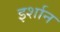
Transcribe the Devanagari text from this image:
इर्शान